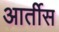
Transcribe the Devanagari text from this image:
आर्तीस